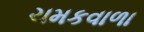
ચમકવાળા